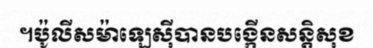
។ប៉ូលីសម៉ាឡេស៊ីបានបង្កើនសន្តិសុខ